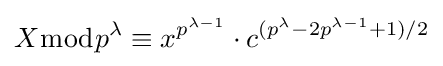
X{\bmod {p^{\lambda }}}\equiv x^{p^{\lambda -1}}\cdot c^{(p^{\lambda }-2p^{\lambda -1}+1)/2}